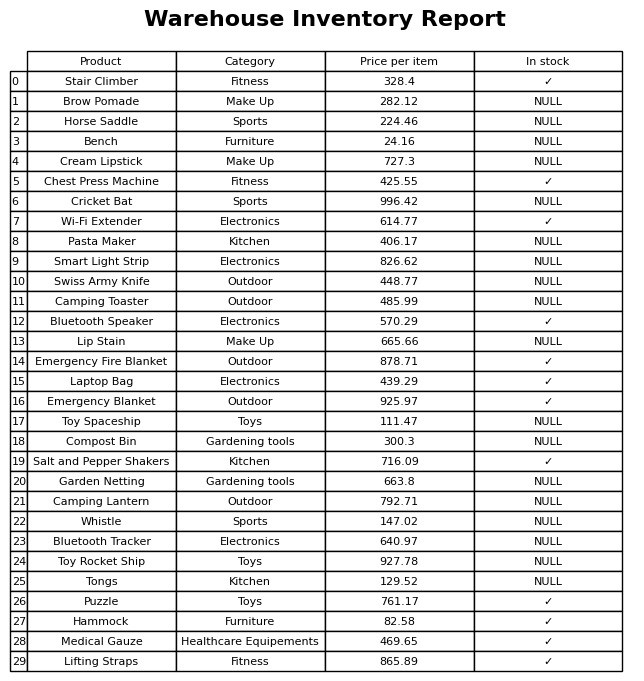
question: What is the price of the Hammock?
answer: The price of Hammock is 82.58.